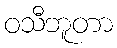
ဝသီဘူတာ